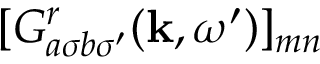
[ G _ { a \sigma b \sigma ^ { \prime } } ^ { r } ( \mathbf { k } , \omega ^ { \prime } ) ] _ { m n }